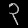
Digit: ၃